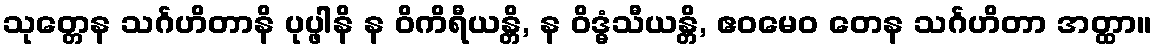
သုတ္တေန သင်္ဂဟိတာနိ ပုပ္ဖါနိ န ဝိကိရီယန္တိ, န ဝိဒ္ဓံသီယန္တိ, ဧဝမေဝ တေန သင်္ဂဟိတာ အတ္ထာ။